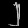
Digit: ၂